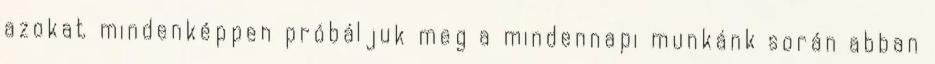
azokat mindenképpen próbáljuk meg a mindennapi munkánk során abban